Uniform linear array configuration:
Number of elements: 12
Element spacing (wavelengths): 0.5
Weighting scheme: hamming
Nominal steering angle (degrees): -60
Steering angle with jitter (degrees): -60.741
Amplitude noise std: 0.05
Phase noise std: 0.05

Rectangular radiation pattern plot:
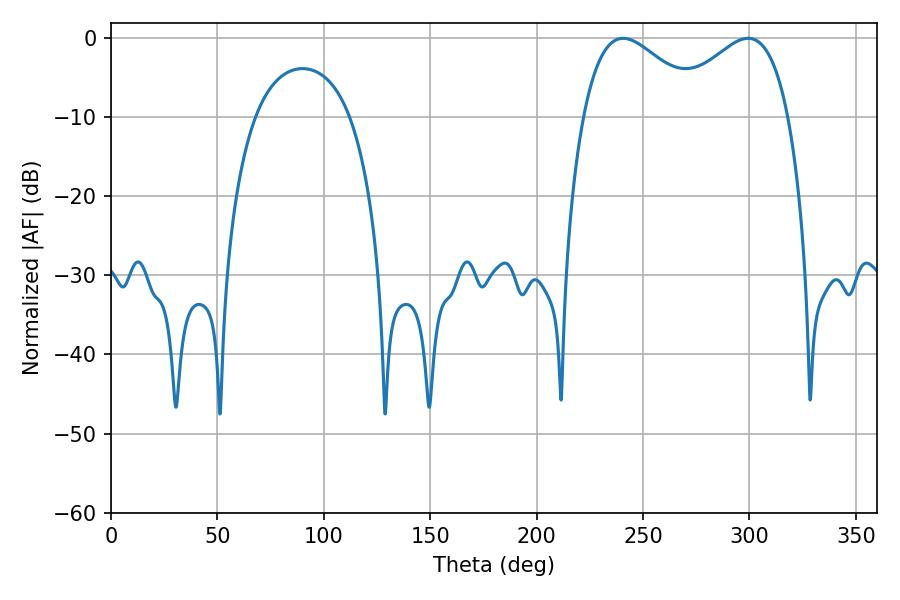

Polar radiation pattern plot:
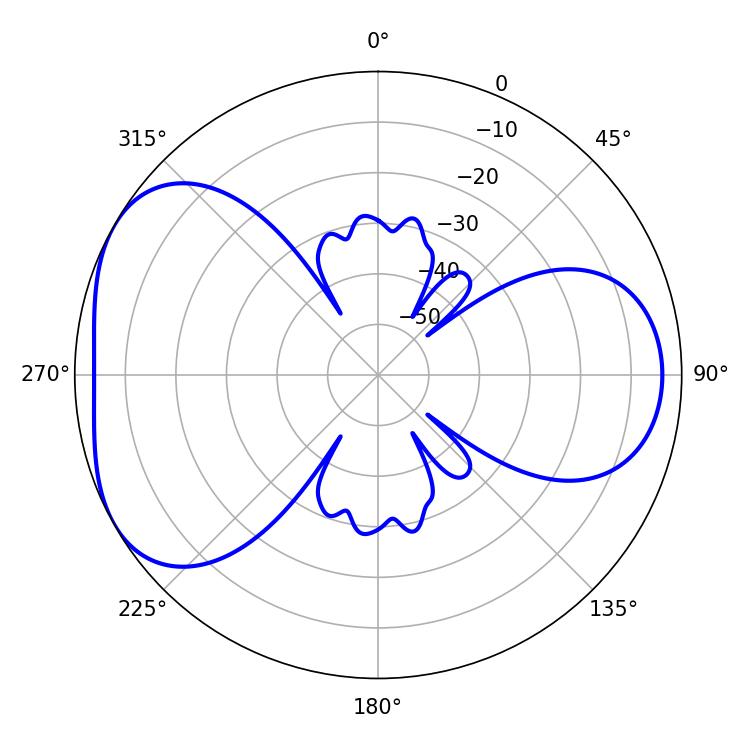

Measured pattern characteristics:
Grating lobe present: FALSE
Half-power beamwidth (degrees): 30.96
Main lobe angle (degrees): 240.66